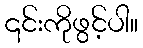
၎င်းကိုဖွင့်ပါ။